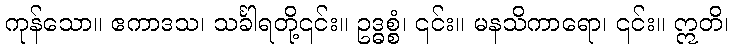
ကုန်သော။ ဧကာဒသ၊ သင်္ခါရတို့၎င်း။ ဥဒ္ဓစ္စံ၊ ၎င်း။ မနသိကာရော၊ ၎င်း။ ဣတိ၊